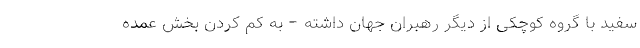
سفید با گروه کوچکی از دیگر رهبران جهان داشته – به کم کردن بخش عمده